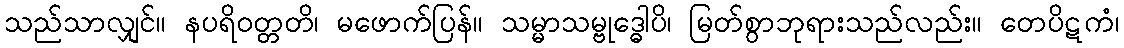
သည်သာလျှင်။ နပရိဝတ္တတိ၊ မဖောက်ပြန်။ သမ္မာသမ္ဗုဒ္ဓေါပိ၊ မြတ်စွာဘုရားသည်လည်း။ တေပိဋကံ၊